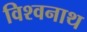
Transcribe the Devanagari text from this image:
विश्‍वनाथ्‍ा